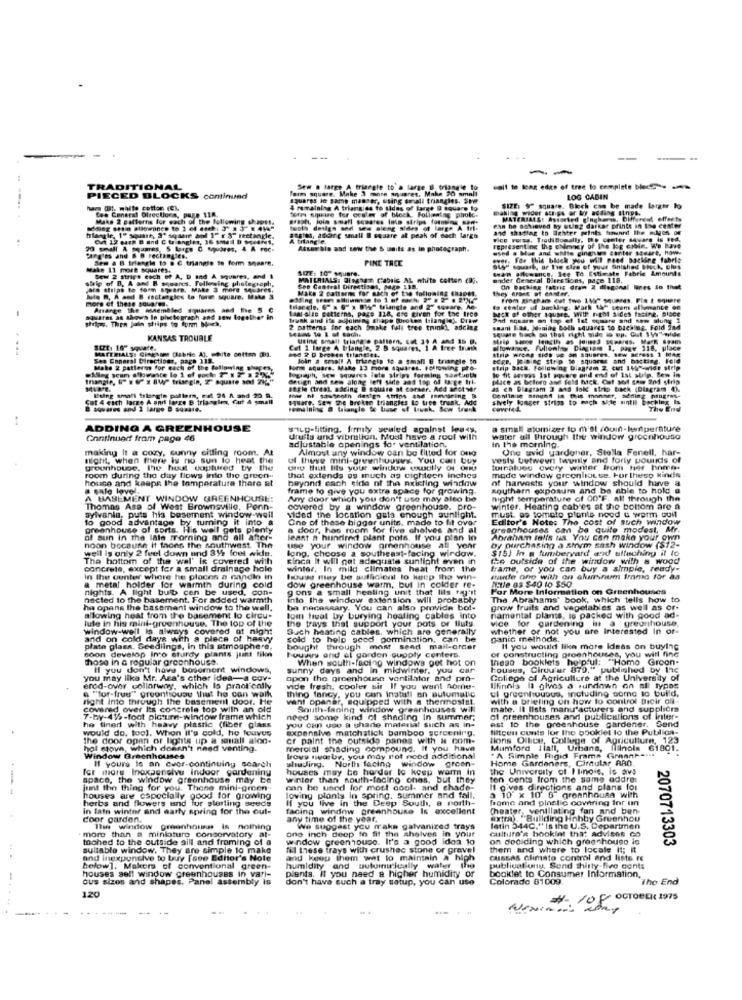
--
--
TRADITIONAL
fans square. Make 3 more anyuares. Make 20 small
Sew . targe A triangle to a large 8 triangle to
PIECED BLOCKS continued
squares le same manner, using small triangles. She
LOG CABIN
war II. malte cotton rex
fee Coneral Directions, pure 118.
4 remaining A triangles to sides of large @ square to
Som sigue for cesler of bleek. Follening pholt.
making wider schips or wy Boding Sinpp.
SIZE: 9" square. Blech con be made larger lo
Maks 2 patterns for each of the following shape
arach, join small somares Into strips forming sans
ma, Different efforts
tools deilgs sed ses along stars of large
Can be sobieved by Gung darker printe in the center
and shustag to lighter prints toward the edges of
and C triangles, 36 Small D Weare1,
angles, anding small B square at peak of nach larga
3small A squares 5 Large C Mugres, 4 A Fac-
Atserbia and sew the 5 units as in photograph.
representing the chimney of the log cabin, We have
used a blue and white gingnies conter square, how-
Carg'es and B'B rectangles.
Sew a B triangle to @ C triangle to form snaare.
PINE TREE
.. For this block you will need backing fabric
Make 11 mort squares.
sty court, or the size of your finished Block, Dies
Swan @kwance. See To Estimate Fabric Amounts
strip of B. A and B. soares, Following photograp
Bew 2 strips each of A, D and A squares, and 1
MATERIALS: BEMhan Cabalc AL white conten caj.
ender General Dleestions, page 118.
bis strips to form spears. Make 3 more squares.
See Cantral Dirgetisos, pap 33
Make 2 catterms for sach of the following (aapet.
they areen ot enster.
On backing fabric dram Z diagonal lines so that
Mite R. A and B rectangles to form square. Make 3
more of these soupres.
Arange the membled soplares, and the 5 C
tHandle. 6" x 6" x "14" triangle and 2" Sesare. Ao-
taal alle Betterns, page 118, ese given for the Irco
to cenles ul backing. Mark AS seem allarmante of
of other square. with nicht aldes facing, Bisce
-
ships. Then Join strips to form Noch,
muares as shown In photograph and sew together in
Trunk and its adjoining shape Broken tilangto Draw
Phd nosarm an top ef lat square and now sluny 1
2 patterns for each Smake full tree trunk), adcina
ssani Las, Joining both squares to backing. Fold in
square back so that right side is op. Gut 159" milde
KANSAS TROUBLE
using small triang . pattern. Cet 31 4 ANS 35 D.
strip Since length as jones somares, Me
MATERIALS: Cinesans Cabrio A). hite cotton 083.
Cet 1 large A triangle, 2 B squares, 1 A
A tree trunk
@lowanse. Fullonly Diagiam 1. paav 118, place
Ses Enneral Directions, page 115.
Join a small A triangle 10 a small E triangle to
ECRe, Joining strip te squares and bacting, Feld
Aling scam alloweste lo 1. et
Maks 2 patterns for each of the following shapes
Form square. Make 13 more Squares, Following pro-
le fit dergas Iat sqwere and end of Ist surlp. Bew in
strip Back. Following Diagram 2. cut 1 490-wide strip
triangle, " EI x BW trisegin, I" squite sed 7% w
design and sew along left side and top of large Irl.
legraph, Sew squares late strips forming sawtugth
place as beloro and feld hack. Cat sof cowe 2nd strip
segle (treat aading @ square at corser. Add andtvr
n Diagram 3 and lok strip back (Diagram 4%.
Cat 4 each large A and lorge B triangle, Cut & small
Being smoll triangle podlern, cat 26 A and 20 9.
square, Sew the Broken triangles lo tree trunk, M
Conline Stound in this manner. Seding progres-
sively fomger strips to mach side until backing Is
B sowares and 1 large . 89.319.
Féminins a triangle te base of lovek, Sew frank
The End
ADDING A GREENHOUSE
saug-fitting, firmly seuled against les4s.
a small atomizer to m'sl /ouin-lumperature
Continued from page 46
drufis and vibration. Moul have a roof with
water all through the window groonhouse
making It a cozy, sunny sitting room. At
adjustable openings for ventilation.
Almost any window can be fitted for ong
In the morning.
One avid yardgner, Stella Fenell, har-
might, when there is no sun to heat the
of these mini-greenhouses. YOU Can buy
vesty butwewn twwnily and forty pounds of
grounhouse, the hout captured by the
one that lits your window sully of OHU
tuinalues every winter from her home.
room during the day flows into the green-
house and keeps the temperature there at
that extends as much as cichtecn inches
beyond each side of the existing window
of harveste your window should have a
mode window groenlouse. For thesp kinds
a sale love ..
frame to give you extra space for growing.
southern exposure and be able to hold a
A BASEMENT WINDOW GREENHOUSE:
Any door which you don't use may also be
night temperature of 00'F, aff through the
Thomas Asa of West Brownsville, Penn-
covered by a window greenhouse. pro-
winter. Heating cab'es at the bottom are a
sylvania, puts his basement window-weil
to good advantage by turning it into a
vided the location gata enough sunlight.
One of these bigger units, made to fit over
Editor's Notes The cost of such window
must. os tomate plante need & warm tout
greenhouse of sorts. His well gets plenty
a door, has room for five chalves and al
greenhouses can be quite modest, Mr.
of sun in the lale morning and all after-
least a hundred plant pots. if you plan in
Abraham talis ua. You can make your own
well is only 2 feel down and 3y2 fout wide.
noon bocaune it taons the southwest. The
use your window grenhouse at your
lang, choose a southeast-facing wirdow.
by purchasing a sinem sash window ($12-
$15) In a lumberyard and ulfaching it lo
The bottom of the wal' is covered with
Finca It will get adequate sunlight even in
the outside of the window with & wood
concrete, except for a small drainage hole
winter, In mild climates heat from the
frame, or you can buy a simple, ready-
in the gunter where he placen a nandlo in
Houss may be sufficient to keep the win-
wurde one with on aluminum Imano for as
NEtle Bs $40 to $50.
a metal holder for warmth during cold
nights. A light bulb cen be used, con-
g ons a small healing unit that lils tag'st
dow greenhouse warm, but in colder re-
For More Information on Greenhouses
nacted to the basement. For added warmth
into the window extension will probably
The Abrahams' book, which tells how to
ha opens the basement window to the well,
ba necessary. You can also provide bot-
groww fruits and vegetables as well as or-
allowing heat from the basement to circu-
lute in his mint-greenhouse. The top of the
lom heat by burying heating cables into
the trays that support your pots or fluty.
namental plants, is packed with good ad-
window-well la always covered at night
Such haating cables, which are generally
vice for gardening in a greenhouse,
whether or not you are Interested In or-
and on cold days with a piece of heavy
sold to help secd pormination, can be
panic methods.
plate glass. Seediings, in this atmosphere,
soon develop into sturdy plants just like
bought through most send mail-order
of constructing groenhouses, you will find
If you would like more Ideas on buying
those in a regular greenhouse.
Fournis and of gordon supply conters.
When south-facing windows got hot on
theso booklets helptul: "Homo Groon-
H you don't have bosoment windows,
sunny days and in midwinter. you car
housses, Ciruu'ur 879," published by the
you may lika Mr. Aca's other idea-a cov-
apon the greenhouse vontilator and pro-
College of Agriculture at the University of
erod-over collarway, which Is practically
a "for-frus"" greontrouss that he can walk
vide fresh, cooler sir If you want some-
cl greenhousus, including some to build.
Ilfinals It gives a rundown on se typos
right into through the basement door. He
thing fancy, you can install an automatic
want opanar, equipped with a thermostat
with a briefing on how to control their oli"
covered over Its concrele top with an old
South-faning window greanhouses will
mate. Il lists manufacturers and suppliers
7-by-415-foot picture-window frame which
need some kind of shading In summer;
est 10 the greenhouse gardener. Send
of greenhouses and publications of inter-
ho fined with heavy plastic (fiber glass
would do. tool. When it's cold, ho fouvus
expensive matchstick bamboo gercenirg.
you can use a shade material such as in-
fifteens cunts for the booklet to the Publics-
the door open of lights up a sauall aloo-
er paint the outside panes with # com-
tions Ollite, College of Agriculture, 123
hol stowa, which doesn't need venting.
mercial shading compound. If you have
Mumford Ilall, Urbans, filnols 61801.
Window Greenhouses
shusing. North facing window groen-
troys wwarby, you may not nood additional
" A Simple Rigid Frame Graantes
Home Gardeners, Circular RAD
for more Inoxsenelve indoor gardening
If youre is an cuor-continuing search
houses may te herder to keep warm in
the University of Illinois. is arvs
space, the window greenhouse may be
winter than south-facing ones, but they
ton cents from the same addre:
jut the thing for you. Thone mini-green-
can be used for most cool- and chade-
It gives directions and plans for
houses are cspocially good for growing
herbs and flowers und for sterling seeds
If you live in the Deep South, a north-
loving plants in spring. Summer and fall.
3 10 x 10' 6 grennhousa with
home and plastic covering for un
in late winter and early spring for the out-
facing window greenhouse Is excellent
Cheater, ventilating fan and ben
door garden.
any time of the year,
extra. "Bullding Hobby Greenhou
more than a miniature conservatory at-
The window greenhouse is nothing
one inch deep to fit the shelves in your
We suggest you make galvanized trays
culture's booklet that adviene co
latin 344C." Is the U.S. Departmen
toched to the outside sill and froming of a
window greenhouse. It's a good idea to
on deciding which greenhouse le
2070713303
sultable window. They are simple to make
fel these trays with crushec stone or gravel
them and where to locale (t; it
and inexpensive to buy [see Editor's Note
and keep them wat to maintain a high
custas climate control and liste re
below]. Makers of conventional green-
houses sell window greenhouses in vari-
humidity and autumnirically water
plants. Il you need a higher humidity or
publicat unu, Sund thirty five cents
booklet to Consumer Information,
ous sizes and shapes. Panel assembly is
don't have such a tray satup, you can use
Colorado 81009.
"The End
120
Veniamo of OCTOBER 1975
......